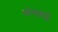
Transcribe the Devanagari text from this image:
ध्येयबद्ध